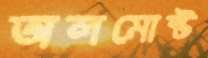
অলমোস্ট